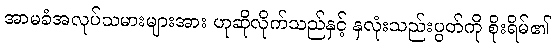
အာမခံအလုပ်သမားများအား ဟုဆိုလိုက်သည်နှင့် နှလုံးသည်းပွတ်ကို စိုးရိမ်၏